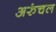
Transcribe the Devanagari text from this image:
अरुंचल